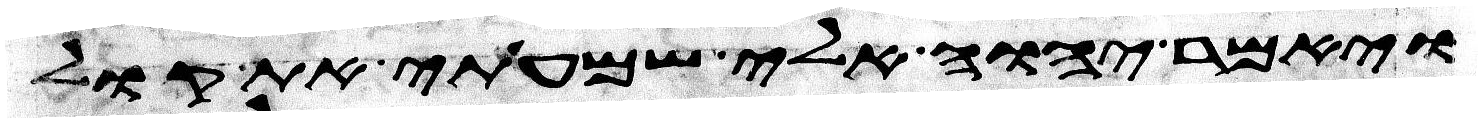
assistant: ויאמר יהוה אלי שמעתי את קול